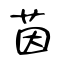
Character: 茵